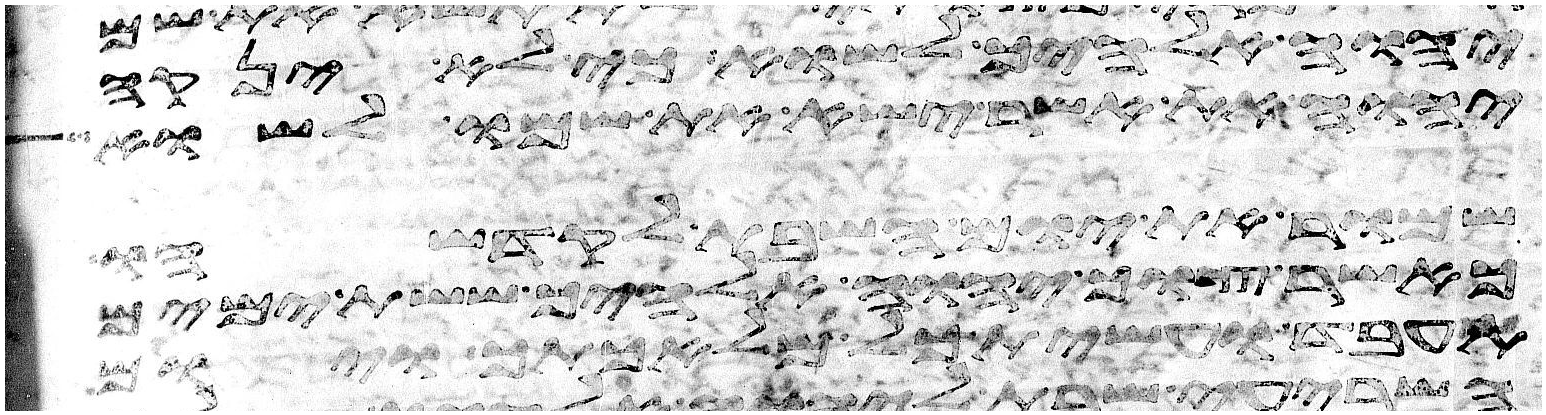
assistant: יהוה אלהיך לשוא כי לא ינקה
יהוה את אשר ישא את שמו לשוא
שמור את יום השבת לקדשהו
כאשר צוך יהוה אלהיך ששת ימים
תעבד ועשית כל מלאכתך ויום